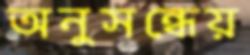
অনুসন্ধেয়